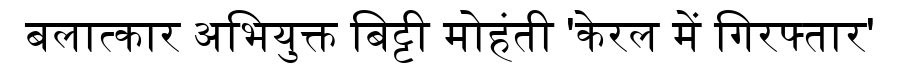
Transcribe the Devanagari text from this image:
बलात्कार अभियुक्त बिट्टी मोहंती 'केरल में गिरफ्तार'